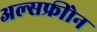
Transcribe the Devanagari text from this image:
अल्सफ्रीोन